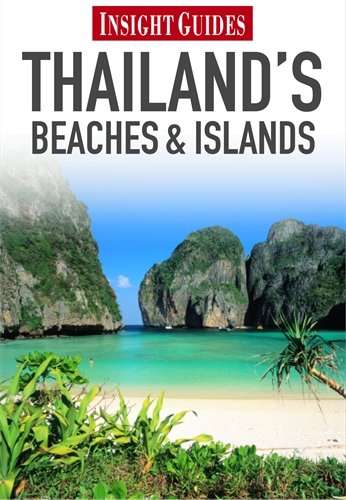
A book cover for Regional Guide Thailand's Beaches and Islands (Regional Guides); Howard Richardson; Travel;